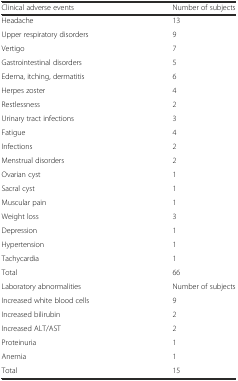
<table><thead><tr><td><b>Clinical adverse events</b></td><td><b>Number of subjects</b></td></tr></thead><tbody><tr><td>Headache</td><td>13</td></tr><tr><td>Upper respiratory disorders</td><td>9</td></tr><tr><td>Vertigo</td><td>7</td></tr><tr><td>Gastrointestinal disorders</td><td>5</td></tr><tr><td>Edema, itching, dermatitis</td><td>6</td></tr><tr><td>Herpes zoster</td><td>4</td></tr><tr><td>Restlessness</td><td>2</td></tr><tr><td>Urinary tract infections</td><td>3</td></tr><tr><td>Fatigue</td><td>4</td></tr><tr><td>Infections</td><td>2</td></tr><tr><td>Menstrual disorders</td><td>2</td></tr><tr><td>Ovarian cyst</td><td>1</td></tr><tr><td>Sacral cyst</td><td>1</td></tr><tr><td>Muscular pain</td><td>1</td></tr><tr><td>Weight loss</td><td>3</td></tr><tr><td>Depression</td><td>1</td></tr><tr><td>Hypertension</td><td>1</td></tr><tr><td>Tachycardia</td><td>1</td></tr><tr><td>Total</td><td>66</td></tr><tr><td>Laboratory abnormalities</td><td>Number of subjects</td></tr><tr><td>Increased white blood cells</td><td>9</td></tr><tr><td>Increased bilirubin</td><td>2</td></tr><tr><td>Increased ALT/AST</td><td>2</td></tr><tr><td>Proteinuria</td><td>1</td></tr><tr><td>Anemia</td><td>1</td></tr><tr><td>Total</td><td>15</td></tr></tbody></table>